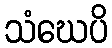
သံဃေပိ